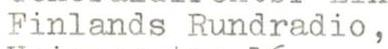
Finlands Rundradio,